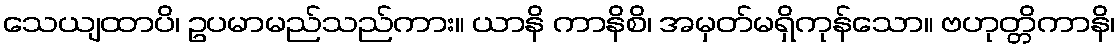
သေယျထာပိ၊ ဥပမာမည်သည်ကား။ ယာနိ ကာနိစိ၊ အမှတ်မရှိကုန်သော။ ဗဟုတ္တိကာနိ၊